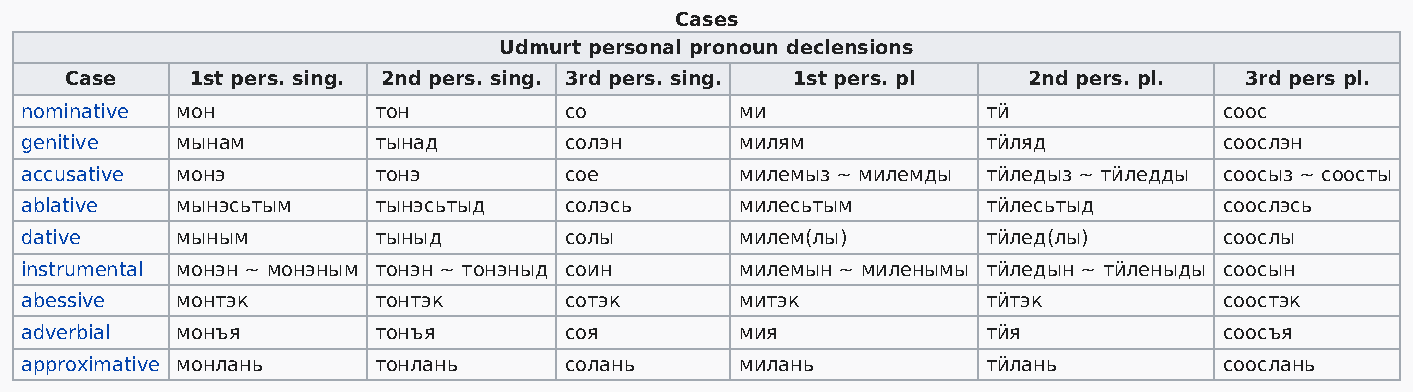
Cases
 Udmurt personal pronoun declensions
 Case     1st pers. sing. 2nd pers. sing. 3rd pers. sing. 1st pers. pl 2nd pers. pl. 3rd pers pl.
 nominative мон          тон         со          ми              тӥ              соос
 genitive   мынам        тынад       солэн       милям           тӥляд           соослэн
 accusative монэ         тонэ        сое         милемыз ~ милемды тӥледыз ~ тӥледды соосыз ~ соосты
 ablative   мынэсьтым    тынэсьтыд   солэсь      милесьтым       тӥлесьтыд       соослэсь
 dative     мыным        тыныд       солы        милем(лы)       тӥлед(лы)       соослы
 instrumental монэн ~ монэным тонэн ~ тонэныд соин милемын ~ миленымы тӥледын ~ тӥленыды соосын
 abessive   монтэк       тонтэк      сотэк       митэк           тӥтэк           соостэк
 adverbial  монъя        тонъя       соя         мия             тӥя             соосъя
 approximative монлань   тонлань     солань      милань          тӥлань          соослань